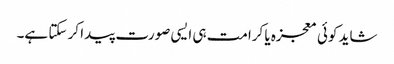
شاید کوئی معجزہ یا کرامت ہی ایسی صورت پیدا کر سکتا ہے۔